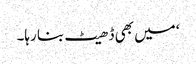
‘ میں بھی ڈھیٹ بنا رہا۔